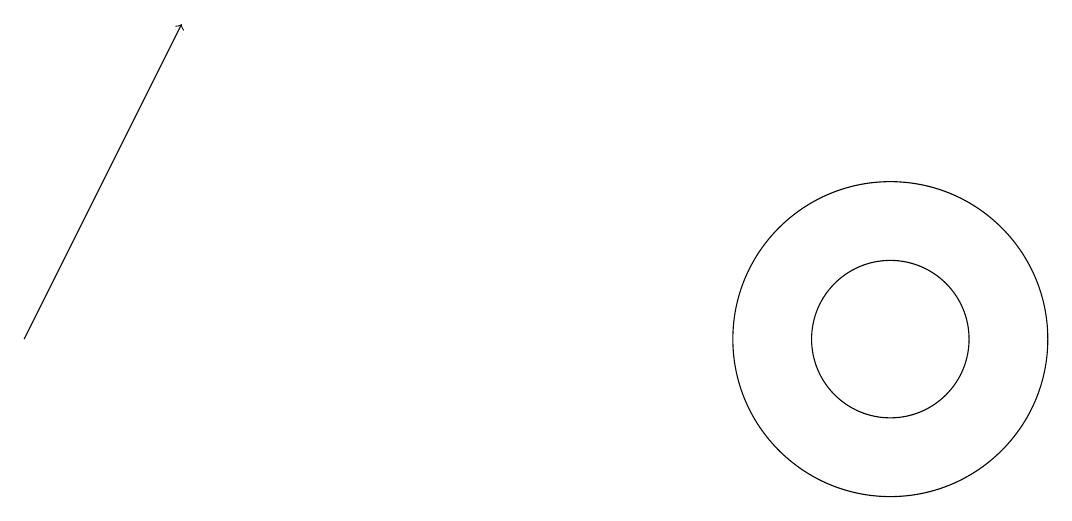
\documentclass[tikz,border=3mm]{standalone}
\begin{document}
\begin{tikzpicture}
\draw (11,11) circle (1);
\draw (11,11) circle (2);
\draw[->] (0,11) -- (2,15);
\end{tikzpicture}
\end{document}